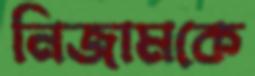
নিজামকে